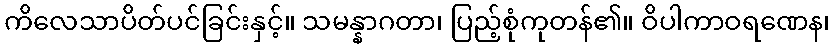
ကိလေသာပိတ်ပင်ခြင်းနှင့်။ သမန္နာဂတာ၊ ပြည့်စုံကုတန်၏။ ဝိပါကာဝရဏေန၊